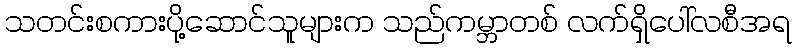
သတင်းစကားပို့ဆောင်သူများက သည်ကမ္ဘာတစ် လက်ရှိပေါ်လစီအရ